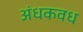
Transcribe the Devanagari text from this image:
अंधकवध